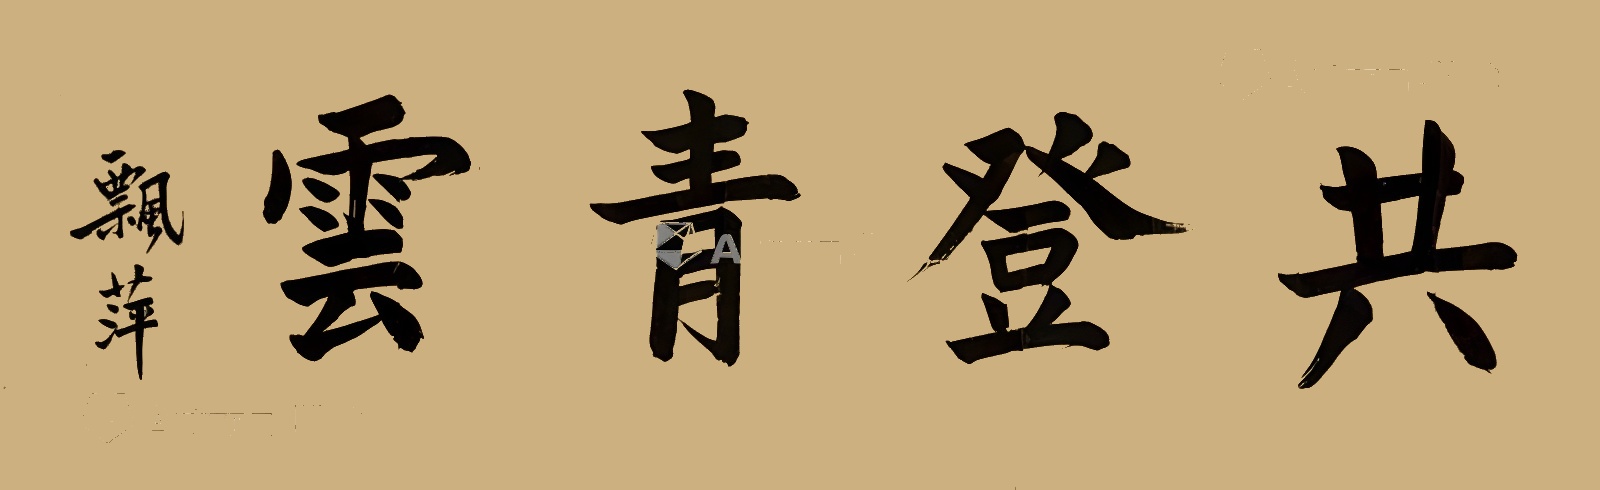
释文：共登青云飘萍